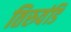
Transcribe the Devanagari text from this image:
तिरुवंडि